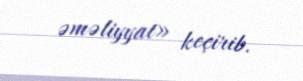
əməliyyat» keçirib.